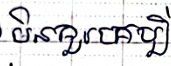
មិនគួរគប្បី